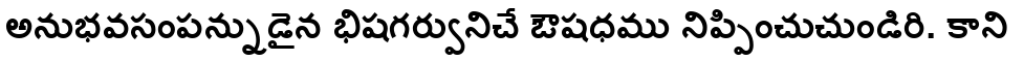
అనుభవసంపన్నుడైన భిషగర్వునిచే ఔషధము నిప్పించుచుండిరి. కాని